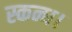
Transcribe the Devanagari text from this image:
स्कन्ध।